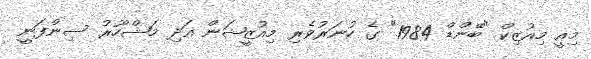
މިއީ މިއުޒިކް "ބޭންޑް 1984" ގެ ހުނަރުވެރި މިއުޒީޝަން އަދި މަޝްހޫރު ސިންފަނީ